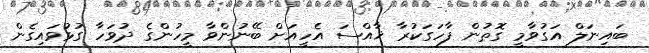
ބައިނަލް އަގުވާމީ ގޮތުން ފާހަގަކުރާ ޚާއްސަ އެހީއަށް ބޭނުންވާ މީހުންގެ ދުވަހާ ގުޅުވައިގެން